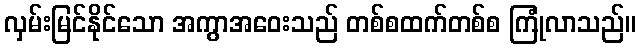
လှမ်းမြင်နိုင်သော အကွာအဝေးသည် တစ်စထက်တစ်စ ကြုံလာသည်။